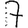
Digit: 7